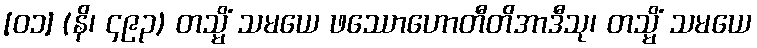
[၀၁] (နိ၊ ၄၉၃) တသ္မိံ သမယေ ဖဿောဟောတီတိအာဒီသု၊ တသ္မိံ သမယေ